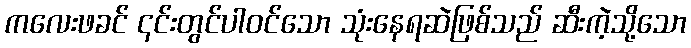
ကလေးဖခင် ၎င်းတွင်ပါဝင်သော သုံးနေရဆဲဖြစ်သည် ဆီးကဲ့သို့သော